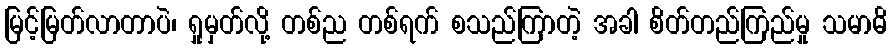
မြင့်မြတ်လာတာပဲ၊ ရှုမှတ်လို့ တစ်ည တစ်ရက် စသည်ကြာတဲ့ အခါ စိတ်တည်ကြည်မှု သမာဓိ